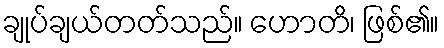
ချုပ်ချယ်တတ်သည်။ ဟောတိ၊ ဖြစ်၏။